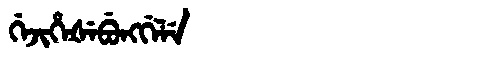
Manchu: ᡤᡝᠵᡳᡥᡝᡧᡝᠪᡠᠩᡤᡝᠯᡝ
Romanization: GEJIHEŠEBUNGGELE